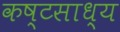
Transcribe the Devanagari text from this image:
कष्‍टसाध्‍य